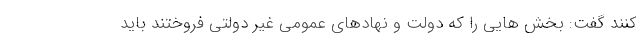
کنند گفت: بخش هایی را که دولت و نهادهای عمومی غیر دولتی فروختند باید